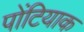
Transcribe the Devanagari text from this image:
पोंटियाक